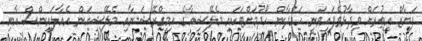
ފަޔާޒް އިތުރަށް ވިދާޅުވެފައިވަނީ ހަމްދާން ހޯދުމަށްޓަކައި މެލޭޝިއާގެ އިމިގްރޭޝަނާއި މެލޭޝިއަން އެއާލައިންސް އާއި